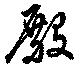
殿